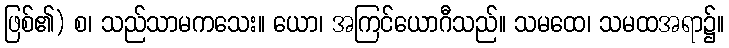
ဖြစ်၏) စ၊ သည်သာမကသေး။ ယော၊ အကြင်ယောဂီသည်။ သမထေ၊ သမထအရာ၌။